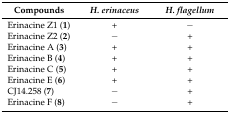
<table><thead><tr><td><b>Compounds</b></td><td><b><i>H. erinaceus</i></b></td><td><b><i>H. flagellum</i></b></td></tr></thead><tbody><tr><td>Erinacine Z1 (<b>1</b>)</td><td>+</td><td>−</td></tr><tr><td>Erinacine Z2 (<b>2</b>)</td><td>−</td><td>+</td></tr><tr><td>Erinacine A (<b>3</b>)</td><td>+</td><td>+</td></tr><tr><td>Erinacine B (<b>4</b>)</td><td>+</td><td>+</td></tr><tr><td>Erinacine C (<b>5</b>)</td><td>+</td><td>+</td></tr><tr><td>Erinacine E (<b>6</b>)</td><td>+</td><td>+</td></tr><tr><td>CJ14.258 (<b>7</b>)</td><td>−</td><td>+</td></tr><tr><td>Erinacine F (<b>8</b>)</td><td>−</td><td>+</td></tr></tbody></table>